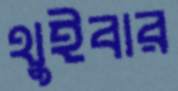
থুইবার